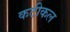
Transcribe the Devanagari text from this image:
कटीकल